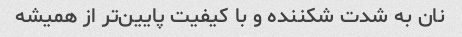
نان به شدت شکننده و با کیفیت پایین‌تر از همیشه